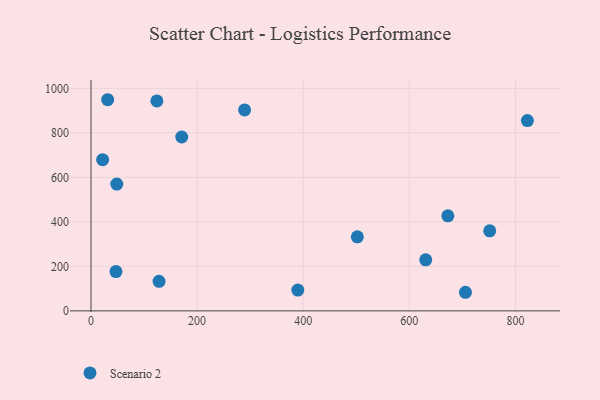
{"axis": {"x": "Investment", "y": "Profit"}, "legend": ["Scenario 2"], "data": [{"x": "48.6", "y": 569.6, "type": "Scenario 2"}, {"x": "751.5", "y": 359.6, "type": "Scenario 2"}, {"x": "502.0", "y": 332.5, "type": "Scenario 2"}, {"x": "171.0", "y": 781.2, "type": "Scenario 2"}, {"x": "47.0", "y": 176.5, "type": "Scenario 2"}, {"x": "124.2", "y": 943.5, "type": "Scenario 2"}, {"x": "21.9", "y": 679.4, "type": "Scenario 2"}, {"x": "630.9", "y": 229.2, "type": "Scenario 2"}, {"x": "389.8", "y": 93.5, "type": "Scenario 2"}, {"x": "705.8", "y": 83.5, "type": "Scenario 2"}, {"x": "128.2", "y": 132.5, "type": "Scenario 2"}, {"x": "822.5", "y": 854.9, "type": "Scenario 2"}, {"x": "672.6", "y": 427.0, "type": "Scenario 2"}, {"x": "289.5", "y": 902.9, "type": "Scenario 2"}, {"x": "31.4", "y": 948.7, "type": "Scenario 2"}]}